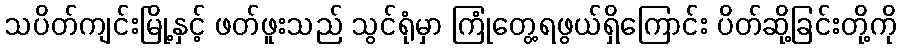
သပိတ်ကျင်းမြို့နှင့် ဖတ်ဖူးသည် သွင်ရုံမှာ ကြုံတွေ့ရဖွယ်ရှိကြောင်း ပိတ်ဆို့ခြင်းတို့ကို